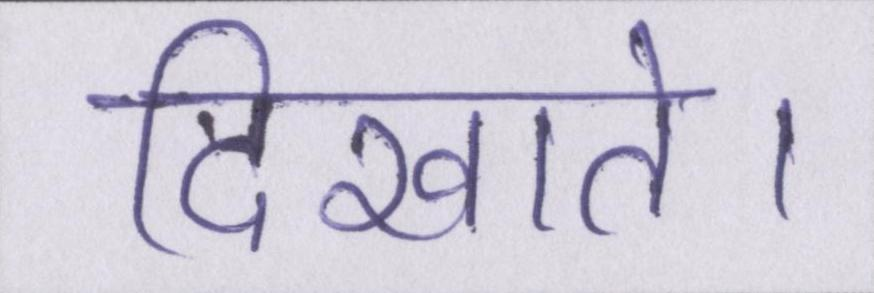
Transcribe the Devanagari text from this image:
दिखाते।